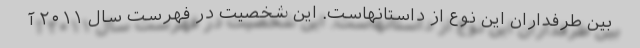
بین طرفداران این نوع از داستانهاست. این شخصیت در فهرست سال ۲۰۱۱ آ